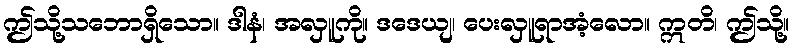
ဤသို့သဘောရှိသော။ ဒါနံ၊ အလှူကို။ ဒဒေယျ၊ ပေးလှူရာအံ့လော။ ဣတိ၊ ဤသို့။